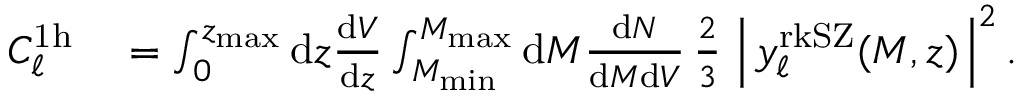
\begin{array} { r l } { C _ { \ell } ^ { \mathrm { 1 h } } } & { { } = \int _ { 0 } ^ { z _ { \mathrm { m a x } } } \mathrm { d } z \frac { \mathrm { d } V } { \mathrm { d } z } \int _ { M _ { \mathrm { m i n } } } ^ { M _ { \mathrm { m a x } } } \mathrm { d } M \frac { \mathrm { d } N } { \mathrm { d } M \mathrm { d } V } \, \frac { 2 } { 3 } \, \left| \, y _ { \ell } ^ { \mathrm { r k S Z } } ( M , z ) \, \right| ^ { 2 } . } \end{array}